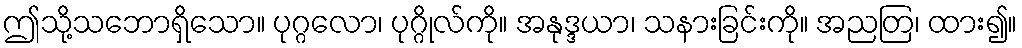
ဤသို့သဘောရှိသော။ ပုဂ္ဂလော၊ ပုဂ္ဂိုလ်ကို။ အနုဒ္ဒယာ၊ သနားခြင်းကို။ အညတြ၊ ထား၍။